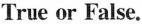
True or False.